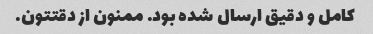
کامل و دقیق ارسال شده بود. ممنون از دقتتون.